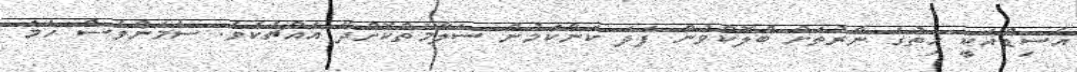
އެސިޑްއަކީ ހިތުގެ ނާރުތަށް ބްލޮކްވުން ފަދަ ކަންކަމުން ސަލާމަތްކޮށްދޭ އެއްޗެކެވެ. ސެމަންވެސް ހަމަ